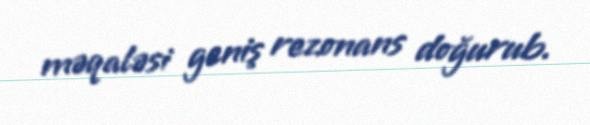
məqaləsi geniş rezonans doğurub.